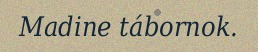
Madine tábornok.